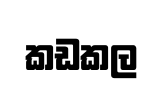
කඩකල